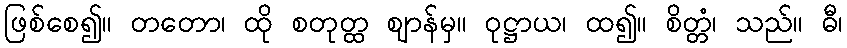
ဖြစ်စေ၍။ တတော၊ ထို စတုတ္ထ ဈာန်မှ။ ဝုဋ္ဌာယ၊ ထ၍။ စိတ္တံ၊ သည်။ ဓီ၊